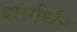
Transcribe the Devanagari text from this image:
शांर्गर्धर